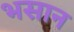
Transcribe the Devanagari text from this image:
भसान